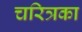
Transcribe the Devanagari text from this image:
चरित्रका